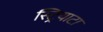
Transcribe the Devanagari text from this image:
स्ट्रियाटा